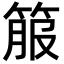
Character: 箙